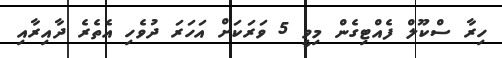
ހިރާ ސްކޫލް ފެއްޓިގެން މިވީ 5 ވަރަކަށް އަހަރަ ދުވެހި އެތެރެ ދާއިރާއި